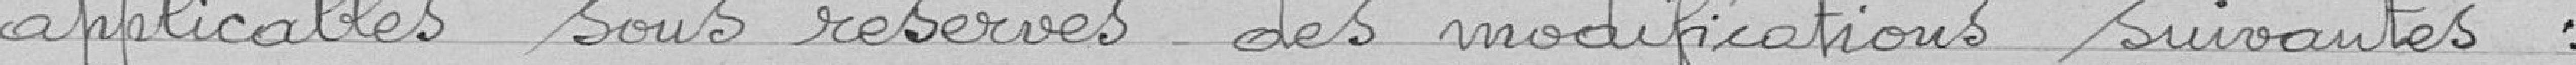
applicables sous réserves des modifications suivantes :